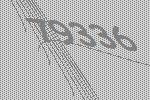
79336